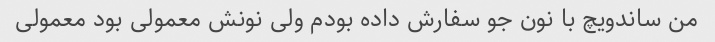
من ساندویچ با نون جو سفارش داده بودم ولی نونش معمولی بود معمولی